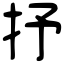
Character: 抒